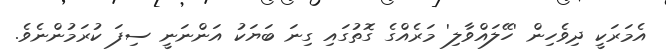
އެމަރަކީ ދިވެހިން 'ހޭލައްވާލި' މަރެއްގެ ގޮތުގައި ގިނަ ބަޔަކު އަންނަނީ ސިފަ ކުރަމުންނެވެ.